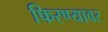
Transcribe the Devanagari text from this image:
फिरण्यावर